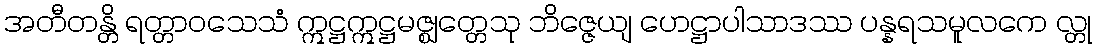
အတီတန္တိ ရတ္တာဝသေသံ ဣဋ္ဌဣဋ္ဌမဇ္ဈတ္တေသု ဘိဇ္ဇေယျ ဟေဋ္ဌာပါသာဒဿ ပန္နရသမူလကေ လ္တု